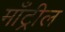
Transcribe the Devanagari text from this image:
माँट्रील